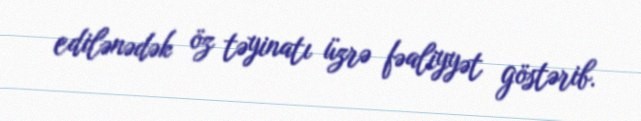
edilənədək öz təyinatı üzrə fəaliyyət göstərib.